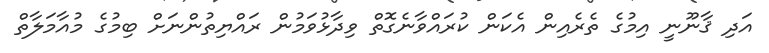
އަދި ޤާނޫނީ އިމުގެ ތެރެއިން އެކަން ކުރައްވާނެގޮތް ވިދާޅުވަމުން ރައްޔިތުންނަށް ބިމުގެ މުއާމަލާތް